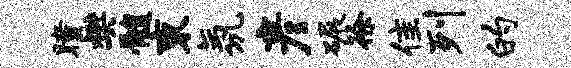
瞳樊髓束氛彦碾徐隹列的